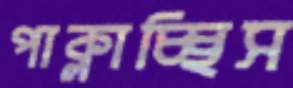
পাক্‌লাচ্ছিস